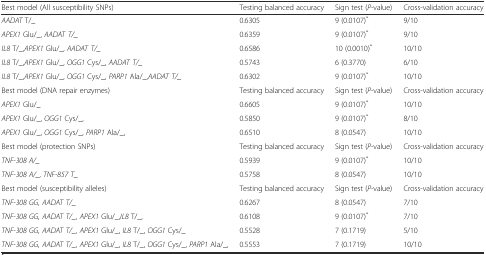
| Best model (All susceptibility SNPs) | Testing balanced accuracy | Sign test (P-value) | Cross-validation accuracy |
 | --- | --- | --- | --- |
 | AADAT T/_ | 0.6305 | 9 (0.0107)* | 9/10 |
 | APEX1 Glu/_, AADAT T/_ | 0.6359 | 9 (0.0107)* | 9/10 |
 | IL8 T/_,APEX1 Glu/_, AADAT T/_ | 0.6586 | 10 (0.0010)* | 10/10 |
 | IL8 T/_,APEX1 Glu/_, OGG1 Cys/_, AADAT T/_ | 0.5743 | 6 (0.3770) | 6/10 |
 | IL8 T/_,APEX1 Glu/_, OGG1 Cys/_, PARP1 Ala/_,AADAT T/_ | 0.6302 | 9 (0.0107)* | 10/10 |
 | Best model (DNA repair enzymes) | Testing balanced accuracy | Sign test (P-value) | Cross-validation accuracy |
 | APEX1 Glu/_ | 0.6605 | 9 (0.0107)* | 10/10 |
 | APEX1 Glu/_, OGG1 Cys/_, | 0.5850 | 9 (0.0107)* | 8/10 |
 | APEX1 Glu/_, OGG1 Cys/_, PARP1 Ala/_, | 0.6510 | 8 (0.0547) | 10/10 |
 | Best model (protection SNPs) | Testing balanced accuracy | Sign test (P-value) | Cross-validation accuracy |
 | TNF-308 A/_ | 0.5939 | 9 (0.0107)* | 10/10 |
 | TNF-308 A/_, TNF-857 T_ | 0.5758 | 8 (0.0547) | 10/10 |
 | Best model (susceptibility alleles) | Testing balanced accuracy | Sign test (P-value) | Cross-validation accuracy |
 | TNF-308 GG, AADAT T/_ | 0.6267 | 8 (0.0547) | 7/10 |
 | TNF-308 GG, AADAT T/_, APEX1 Glu/_,IL8 T/_, | 0.6108 | 9 (0.0107)* | 7/10 |
 | TNF-308 GG, AADAT T/_, APEX1 Glu/_, IL8 T/_, OGG1 Cys/_ | 0.5528 | 7 (0.1719) | 5/10 |
 | TNF-308 GG, AADAT T/_, APEX1 Glu/_, IL8 T/_, OGG1 Cys/_, PARP1 Ala/_, | 0.5553 | 7 (0.1719) | 10/10 |